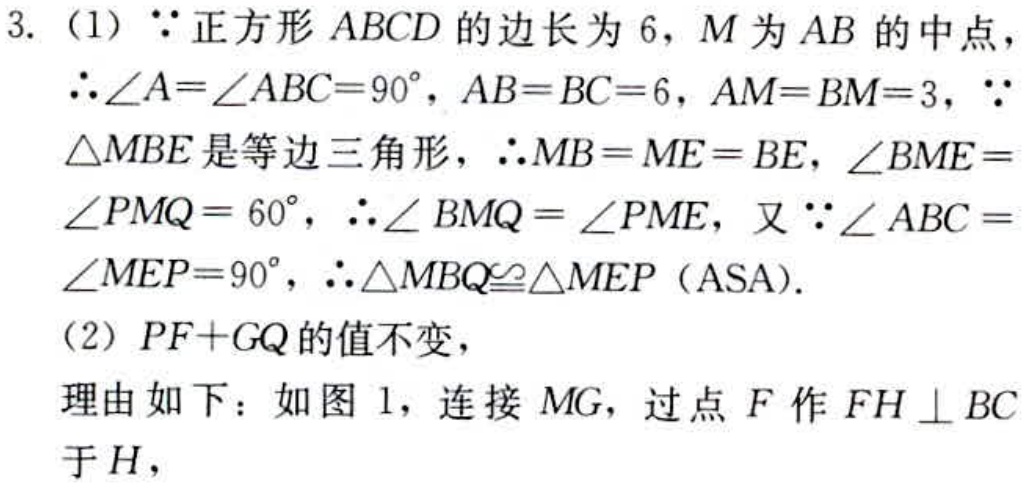
3. (1) $\because$ 正方形 $ABCD$ 的边长为 $6$，$M$ 为 $AB$ 的中点，
$\therefore\angle A = \angle ABC = 90^{\circ}$，$AB = BC = 6$，$AM = BM = 3$，$\because$
$\triangle MBE$ 是等边三角形，$\therefore MB = ME = BE$，$\angle BME =$
$\angle PMQ = 60^{\circ}$，$\therefore\angle BMQ = \angle PME$，又 $\because\angle ABC =$
$\angle MEP = 90^{\circ}$，$\therefore\triangle MBQ\cong\triangle MEP$（ASA）.
(2) $PF + GQ$ 的值不变，
理由如下：如图 1，连接 $MG$，过点 $F$ 作 $FH\perp BC$
于 $H$，